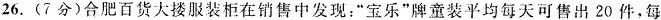
26.(7分)合肥百货大楼服装柜在销售中发现：”宝乐”牌童装平均每天可售出20件，每